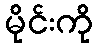
မိုင်းကို